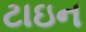
ટાઇન